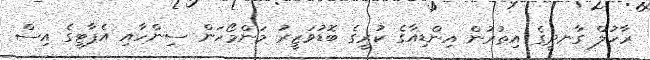
ރާހުލް ގާނދީގެ އިތުރުން އިންޑިއާގެ ކުރީގެ ބޮޑުވަޒީރު މަންމޯހަން ސިންހާއި އެޕާޓީގެ އިސް